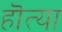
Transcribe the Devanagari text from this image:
हॊत्या